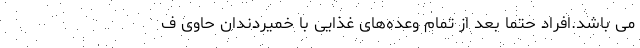
می باشد.افراد حتما بعد از تمام وعده‌های غذایی با خمیردندان حاوی ف